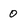
Character: 0